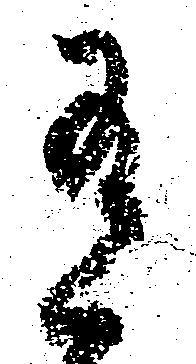
有